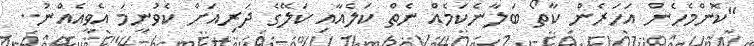
''ކޮންމެހެން އަހަރެން ކާތޯ ބަލާނެކަމެއް ނެތް ކަލެއާއި ކަލޭގެ ދަރިއަށް ކެވުނީމަ އެވީއެއްނު..